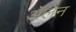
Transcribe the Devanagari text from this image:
ॲलेन